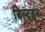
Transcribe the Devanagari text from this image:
बिल्टइन